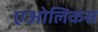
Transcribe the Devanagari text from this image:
एओलिकस